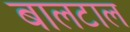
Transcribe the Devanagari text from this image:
बालटाल